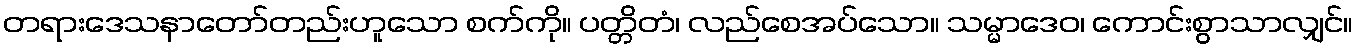
တရားဒေသနာတော်တည်းဟူသော စက်ကို။ ပတ္တိတံ၊ လည်စေအပ်သော။ သမ္မာဒေဝ၊ ကောင်းစွာသာလျှင်။